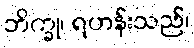
ဘိက္ခု၊ ရဟန်းသည်၊